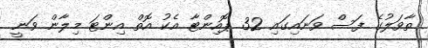
ތާވަލުގެ ފަސް ވަނައިގައި 32 ޕޮއިންޓާ އެކު އޮތް އިންޓަ މިލާން ވަނީ